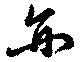
亦